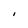
Character: I